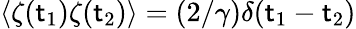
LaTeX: \langle\zeta(\mathsf{t}_{1})\zeta(\mathsf{t}_{2})\rangle=(2/\gamma)\delta(\mathsf{t}_{1}-\mathsf{t}_{2})